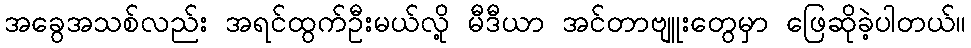
အခွေအသစ်လည်း အရင်ထွက်ဦးမယ်လို့ မီဒီယာ အင်တာဗျူးတွေမှာ ဖြေဆိုခဲ့ပါတယ်။